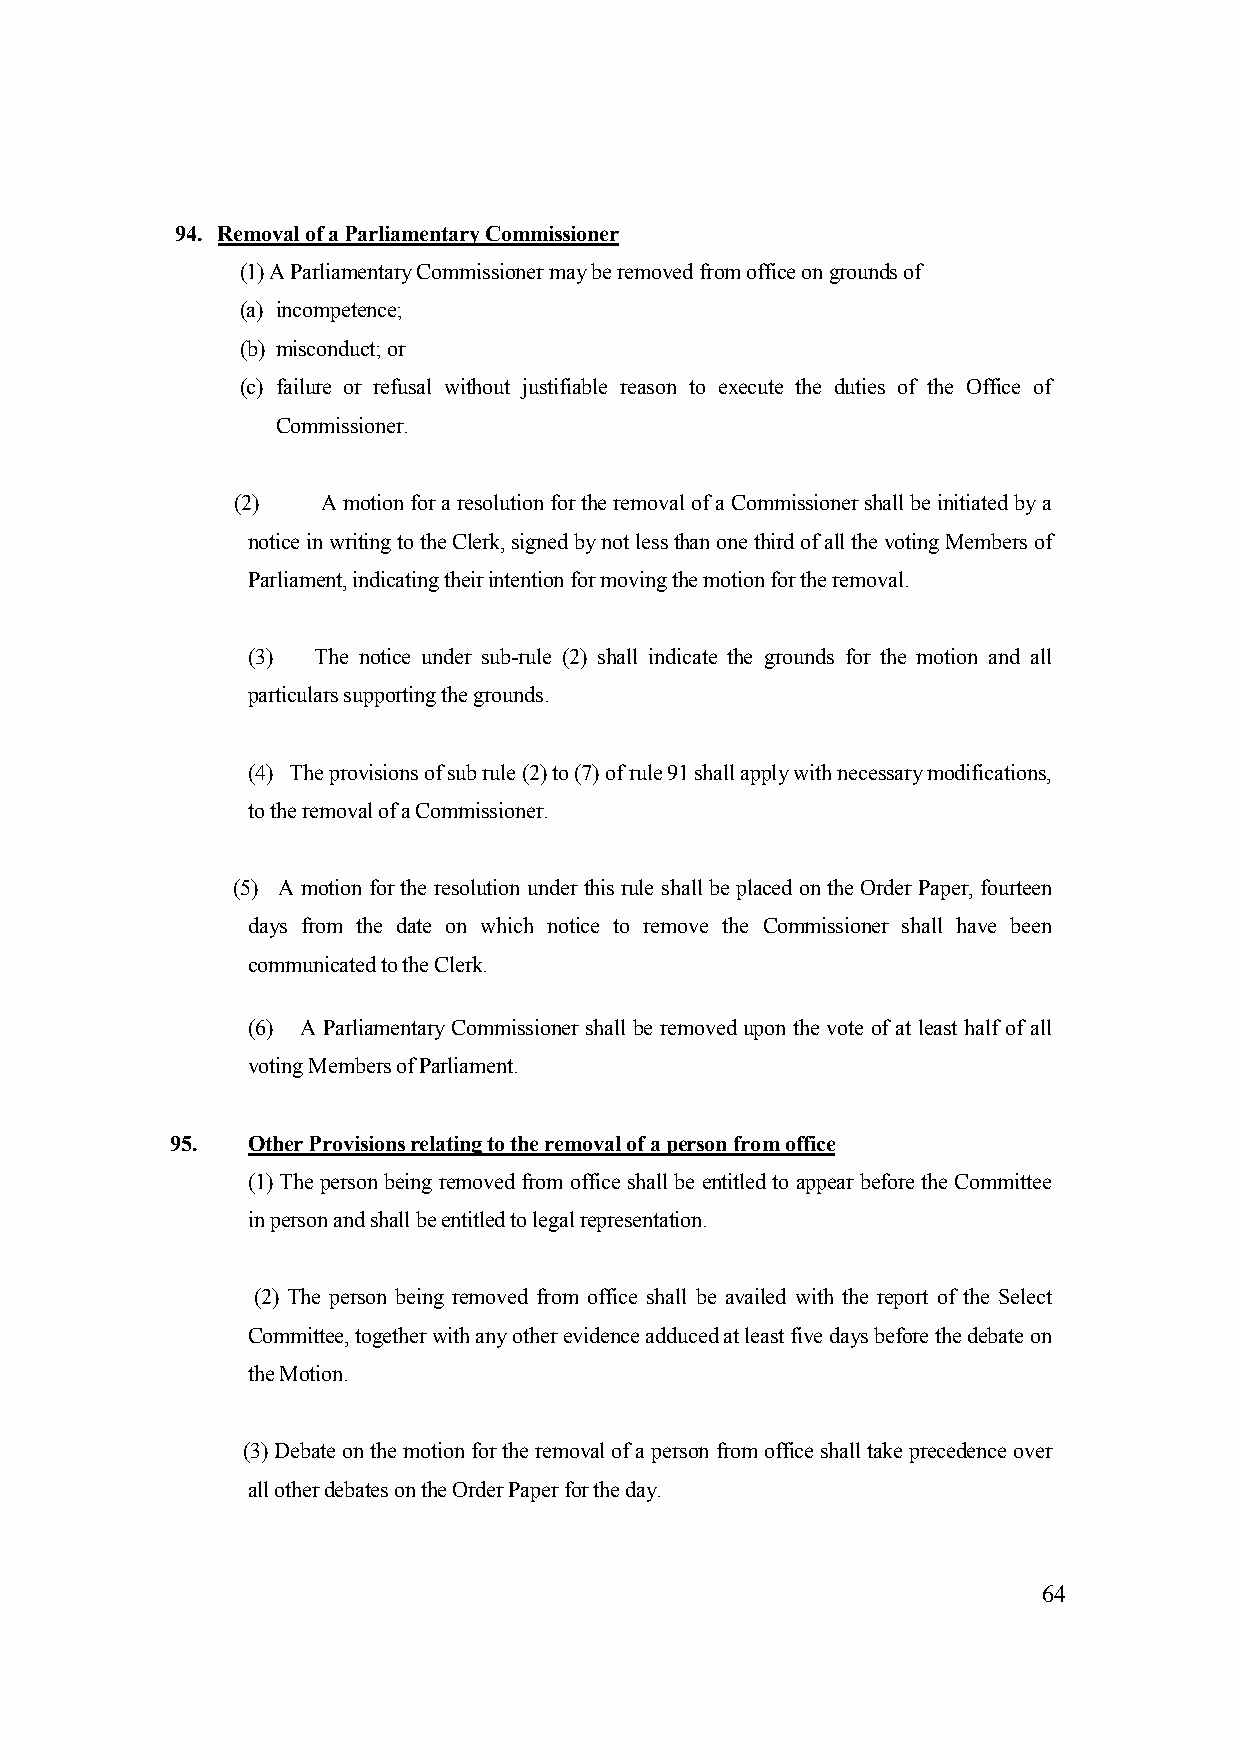
94. Removal of a Parliamentary Commissioner
 (1) A Parliamentary Commissioner may be removed from office on grounds of
 (a) incompetence;
 (b) misconduct; or
 (c) failure or refusal without justifiable reason to execute the duties of the Office of
 Commissioner.
 (2)   A motion for a resolution for the removal of a Commissioner shall be initiated by a
 notice in writing to the Clerk, signed by not less than one third of all the voting Members of
 Parliament, indicating their intention for moving the motion for the removal.
 (3)  The notice under sub-rule (2) shall indicate the grounds for the motion and all
 particulars supporting the grounds.
 (4) The provisions of sub rule (2) to (7) of rule 91 shall apply with necessary modifications,
 to the removal of a Commissioner.
 (5) A motion for the resolution under this rule shall be placed on the Order Paper, fourteen
 days from the date on which notice to remove the Commissioner shall have been
 communicated to the Clerk.
 (6) A Parliamentary Commissioner shall be removed upon the vote of at least half of all
 voting Members of Parliament.
 95.  Other Provisions relating to the removal of a person from office
 (1) The person being removed from office shall be entitled to appear before the Committee
 in person and shall be entitled to legal representation.
 (2) The person being removed from office shall be availed with the report of the Select
 Committee, together with any other evidence adduced at least five days before the debate on
 the Motion.
 (3) Debate on the motion for the removal of a person from office shall take precedence over
 all other debates on the Order Paper for the day.
 64